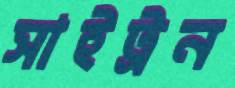
সাইট্রন